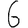
Digit: 6